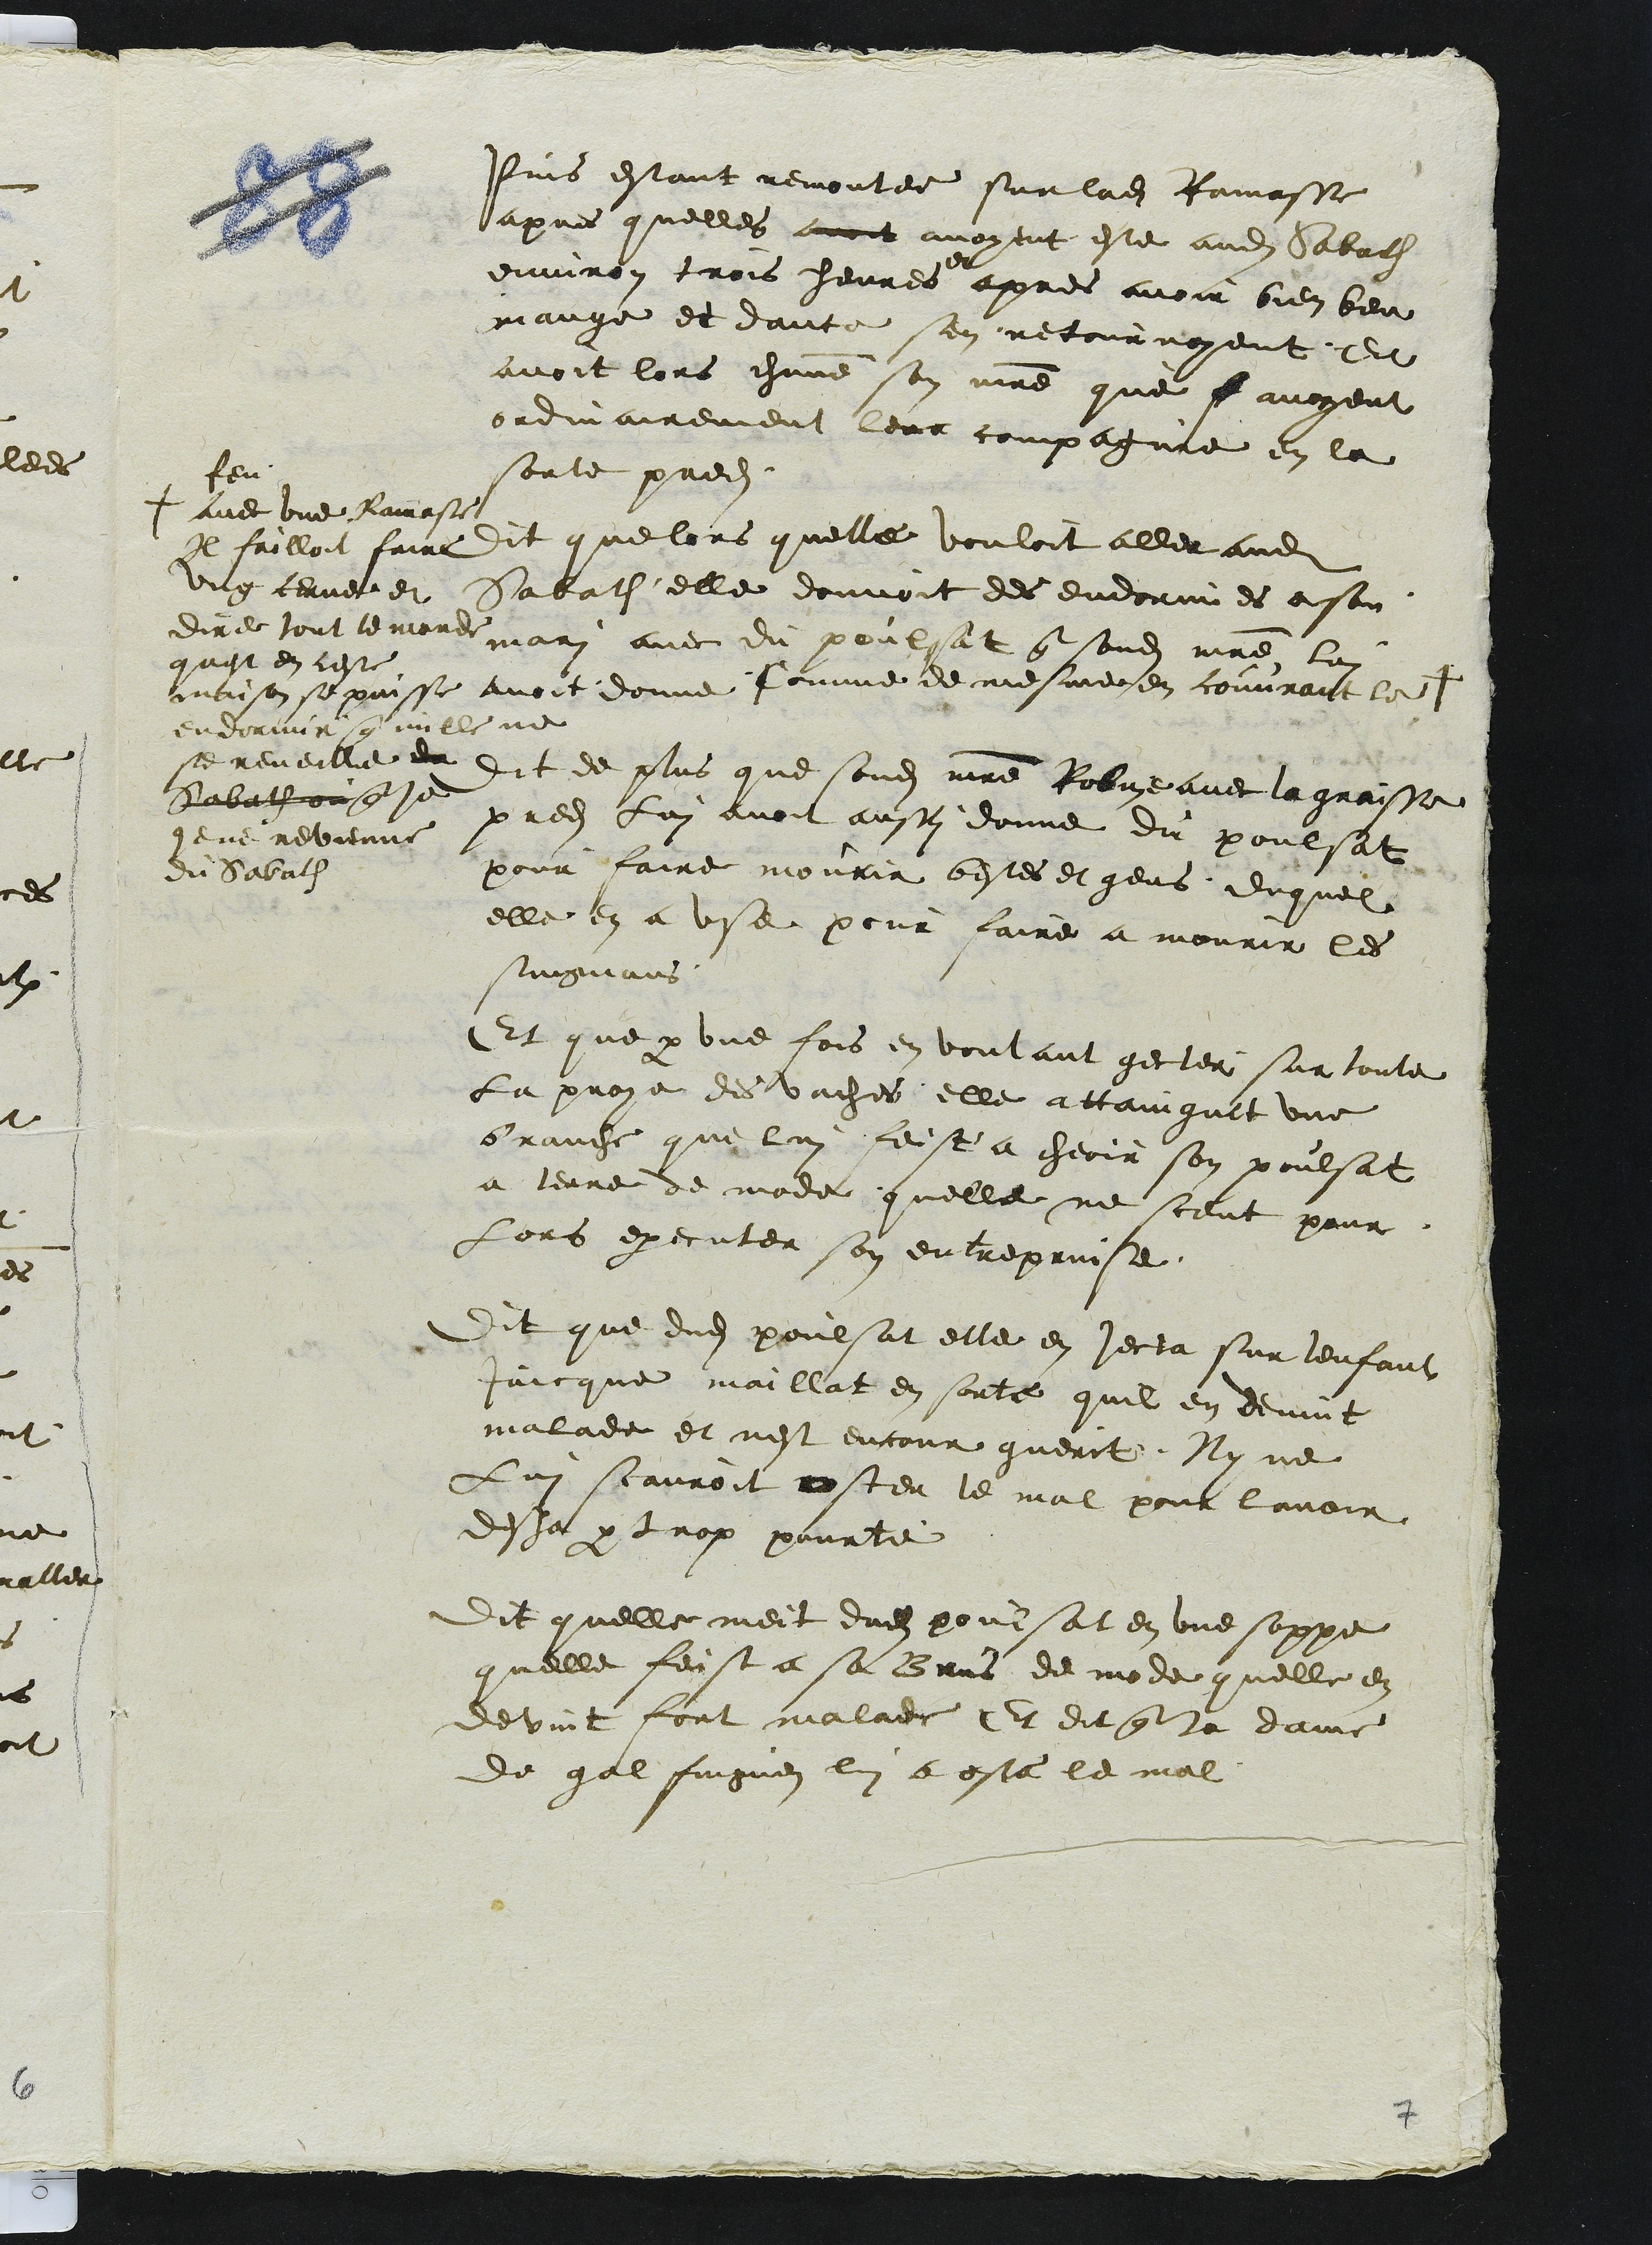
Pins estant remontee sur ladite Ramasse
apres quelles avoit avoyent este audit Sabath
environ trois heures
et
apres avoir bien beu
mange et dance sen retournoyent Et
avoit lors chacune son maitre que f avoyent
ordinairement leur compagnie en la
sorte predite
Dit que lors quelle vouloit aller audit
Sabathz elle donnoit des endormies ason
mari avec du poulsat que sondit maitre luy
avoit donne Comme de mesme en couvrant le +
feu
avec une Ramase
Il failloit faire
ung cerne et
dire tout le monde
quest en ceste
maison se puisse
endormir que nulle ne
se reveille de
Sabath ou  que je
je ne revienne
du Sabath
Dit de plus que sondit maitre Robine avec la graisse
predite Lui avoit austi donne du poulsat
pour faire mourir bestes et gens, duquel
elle en a use pour faire a mourir les
suigvans
Et que par une fois en voulant gecter sur toute
la proye des vaches elle attaingnit une
brauche que lui feist a cheoir son poulsat
a terre de mode quelle ne sceut pour
Lors executer son entreprinse
Dit que dudit poulsat elle en jecta sur lenfant
Jaicque maillat en sorte quil en devint
malade et nest encour guerit Ny ne
Lui scauroit oster le mal pour lavoir
desja par trop pourte
Dit quelle meit dudit poussat en une soppe
quelle feist a sa Brus de mode quelle en
devint fort malade Et dit que la dame
de galfinguen lui a oste le mal